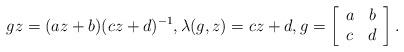
LaTeX: \begin{align*}gz=(az+b)(cz+d)^{-1},\lambda(g,z)=cz+d,g=\left[\begin{array}{cc}a & b\\c & d\end{array}\right].\end{align*}